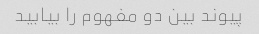
پیوند بین دو مفهوم را بیابید